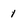
Character: 1